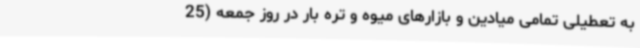
به تعطیلی تمامی میادین و بازارهای میوه و تره بار در روز جمعه (25